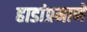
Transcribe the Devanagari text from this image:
हाडांप्रमाणे